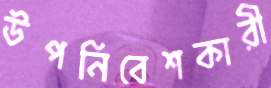
উপনিবেশকারী